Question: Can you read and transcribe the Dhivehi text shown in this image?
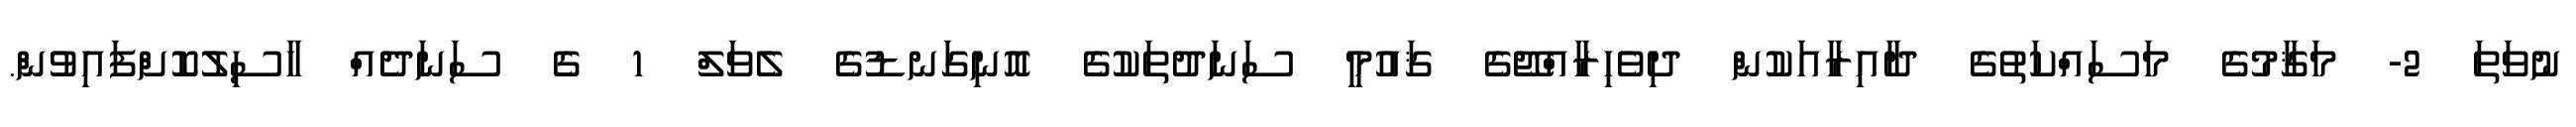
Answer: ނުވަތަ 2- މަޤާމުގެ މަސައްކަތުގެ ދާއިރާއަކުން ދިވެހިރާއްޖޭގެ ޤައުމީ ސަނަދުތަކުގެ އޮނިގަނޑުގެ ލެވަލް 1 ގެ ސަނަދެއް ހާސިލުކޮށްފައިވުން.